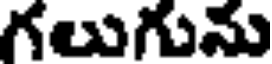
గలుగును